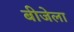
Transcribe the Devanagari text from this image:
बीजेला